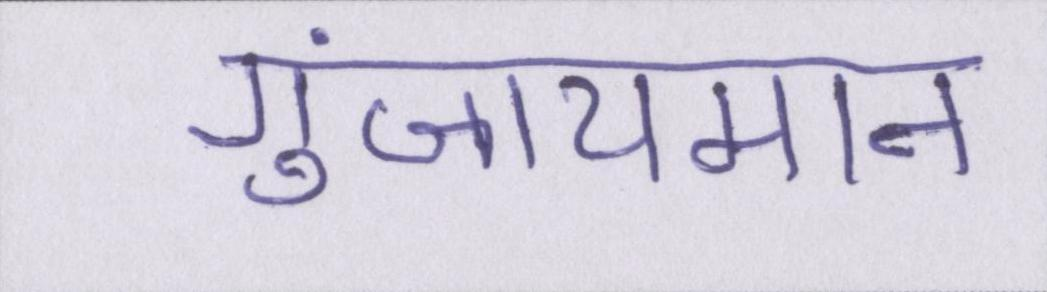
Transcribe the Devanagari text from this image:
गुंजायमान